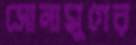
সোনামুগের